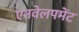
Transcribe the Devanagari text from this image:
एनवेलपमेंट